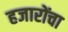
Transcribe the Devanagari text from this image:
हजारोंचा